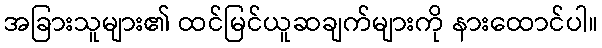
အခြားသူများ၏ ထင်မြင်ယူဆချက်များကို နားထောင်ပါ။